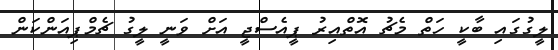
ލީގުގައި ބާކީ ހަތް މެޗު އޮތްއިރު ޕީއެސްޖީ އަށް ވަނީ ލީގު ޗެމްޕިއަންކަން